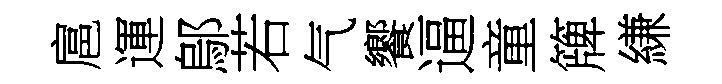
扈運鄔若气饗逼童簰縑